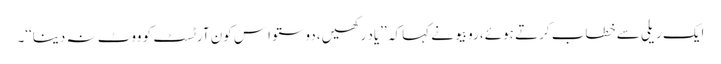
ایک ریلی سے خطاب کرتے ہوئے، روبیو نے کہا کہ ’’یاد رکھیں، دوستو اِس کون آرٹسٹ کو ووٹ نہ دینا‘‘۔